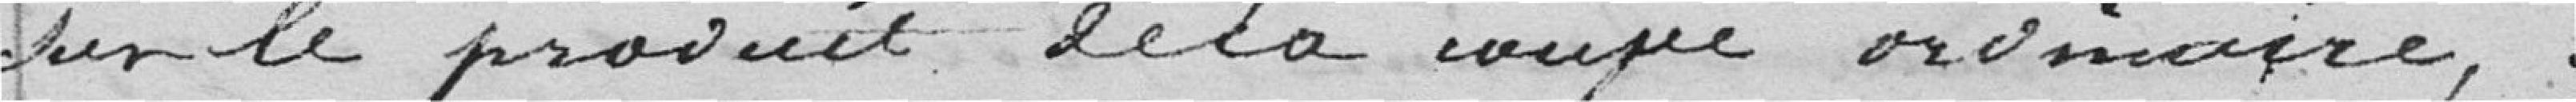
dans le produit de la coupe ordinaire.